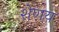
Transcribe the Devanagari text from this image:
शेणय